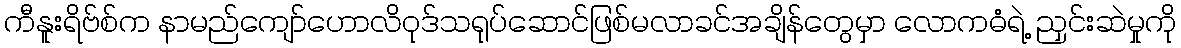
ကီနူးရိဗ်စ်က နာမည်ကျော်ဟောလိဝုဒ်သရုပ်ဆောင်ဖြစ်မလာခင်အချိန်တွေမှာ လောကဓံရဲ့ ညှင်းဆဲမှုကို